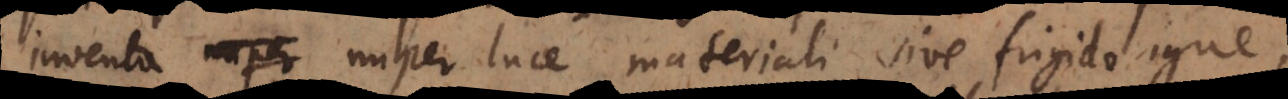
inventa nuper luce materiali, sive frigido ign